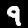
Label: 9